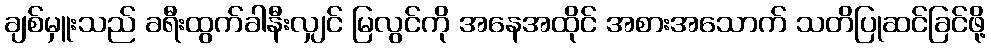
ချစ်မှူးသည် ခရီးထွက်ခါနီးလျှင် မြလွင်ကို အနေအထိုင် အစားအသောက် သတိပြုဆင်ခြင်ဖို့